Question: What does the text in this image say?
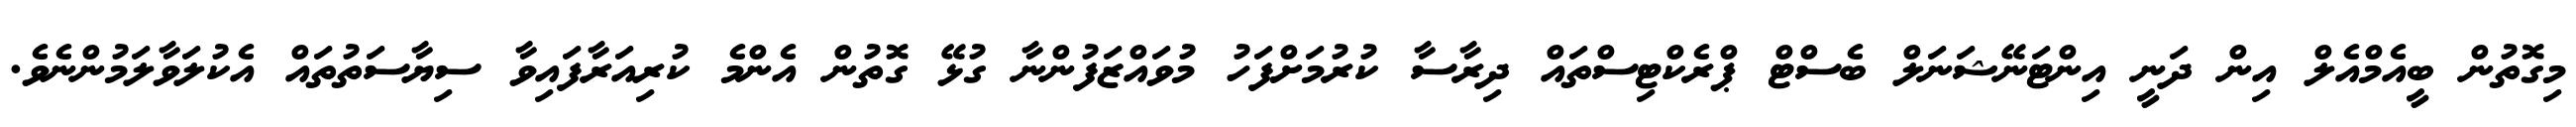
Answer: މިގޮތުން ބީއެމްއެލް އިން ދަނީ އިންޓަނޭޝަނަލް ބެސްޓް ޕްރެކްޓިސްތައް ދިރާސާ ކުރުމަށްފަހު މުވައްޒަފުންނާ ގުޅޭ ގޮތުން އެންމެ ކުރިއަރާފައިވާ ސިޔާސަތުތައް އެކުލަވާލަމުންނެވެ.